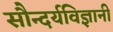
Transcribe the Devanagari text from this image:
सौन्दर्यविज्ञानी